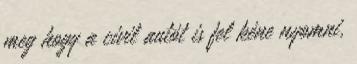
meg hogy a civil autót is fel kéne nyomni,